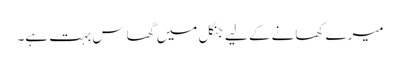
میرے کھانے کے لیے جنگل میں گھاس بہت ہے۔